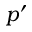
p ^ { \prime }